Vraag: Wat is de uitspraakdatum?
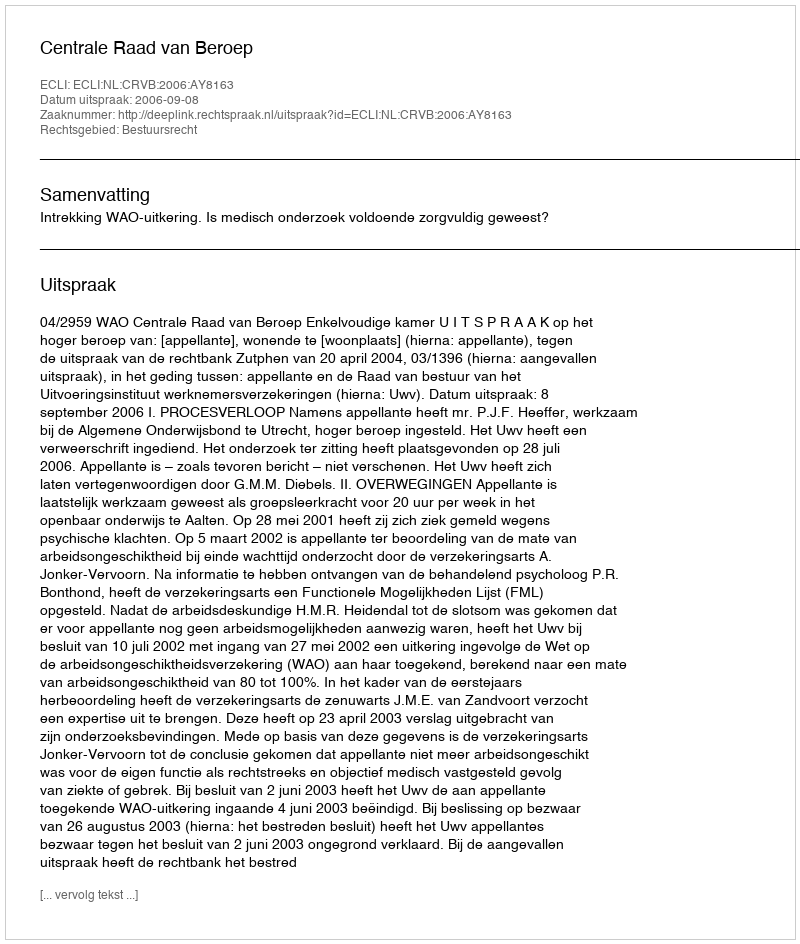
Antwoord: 2006-09-08